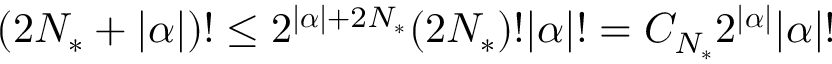
( 2 { N _ { * } } + | { \boldsymbol { \alpha } } | ) ! \leq 2 ^ { | { \boldsymbol { \alpha } } | + 2 { N _ { * } } } ( 2 { N _ { * } } ) ! | { \boldsymbol { \alpha } } | ! = C _ { { N _ { * } } } 2 ^ { | { \boldsymbol { \alpha } } | } | { \boldsymbol { \alpha } } | !